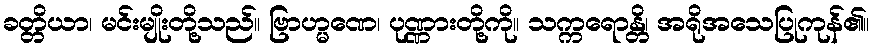
ခတ္တိယာ၊ မင်းမျိုးတို့သည်။ ဗြာဟ္မဏေ၊ ပုဏ္ဏားတို့ကို။ သက္ကရောန္တိ၊ အရိုအသေပြုကုန်၏။